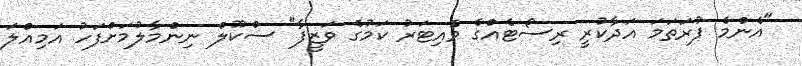
"އެންމެ ފުރަތަމަ އަދާކުރީ ރިސޯޓެއްގެ ވެއިޓަރު ކަމުގެ ވަޒީފާ" ސްކޫލް ނިންމާލުމަށްފަހު އަމިއްލަ